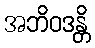
အဘိဝဒန္တိ